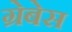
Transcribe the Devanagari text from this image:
ग्रेबेस